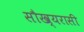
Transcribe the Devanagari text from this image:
सौख्यरासी